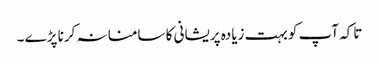
تاکہ آپ کو بہت زیادہ پریشانی کا سامنا نہ کرنا پڑے ۔